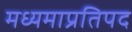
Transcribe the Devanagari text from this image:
मध्यमाप्रतिपद